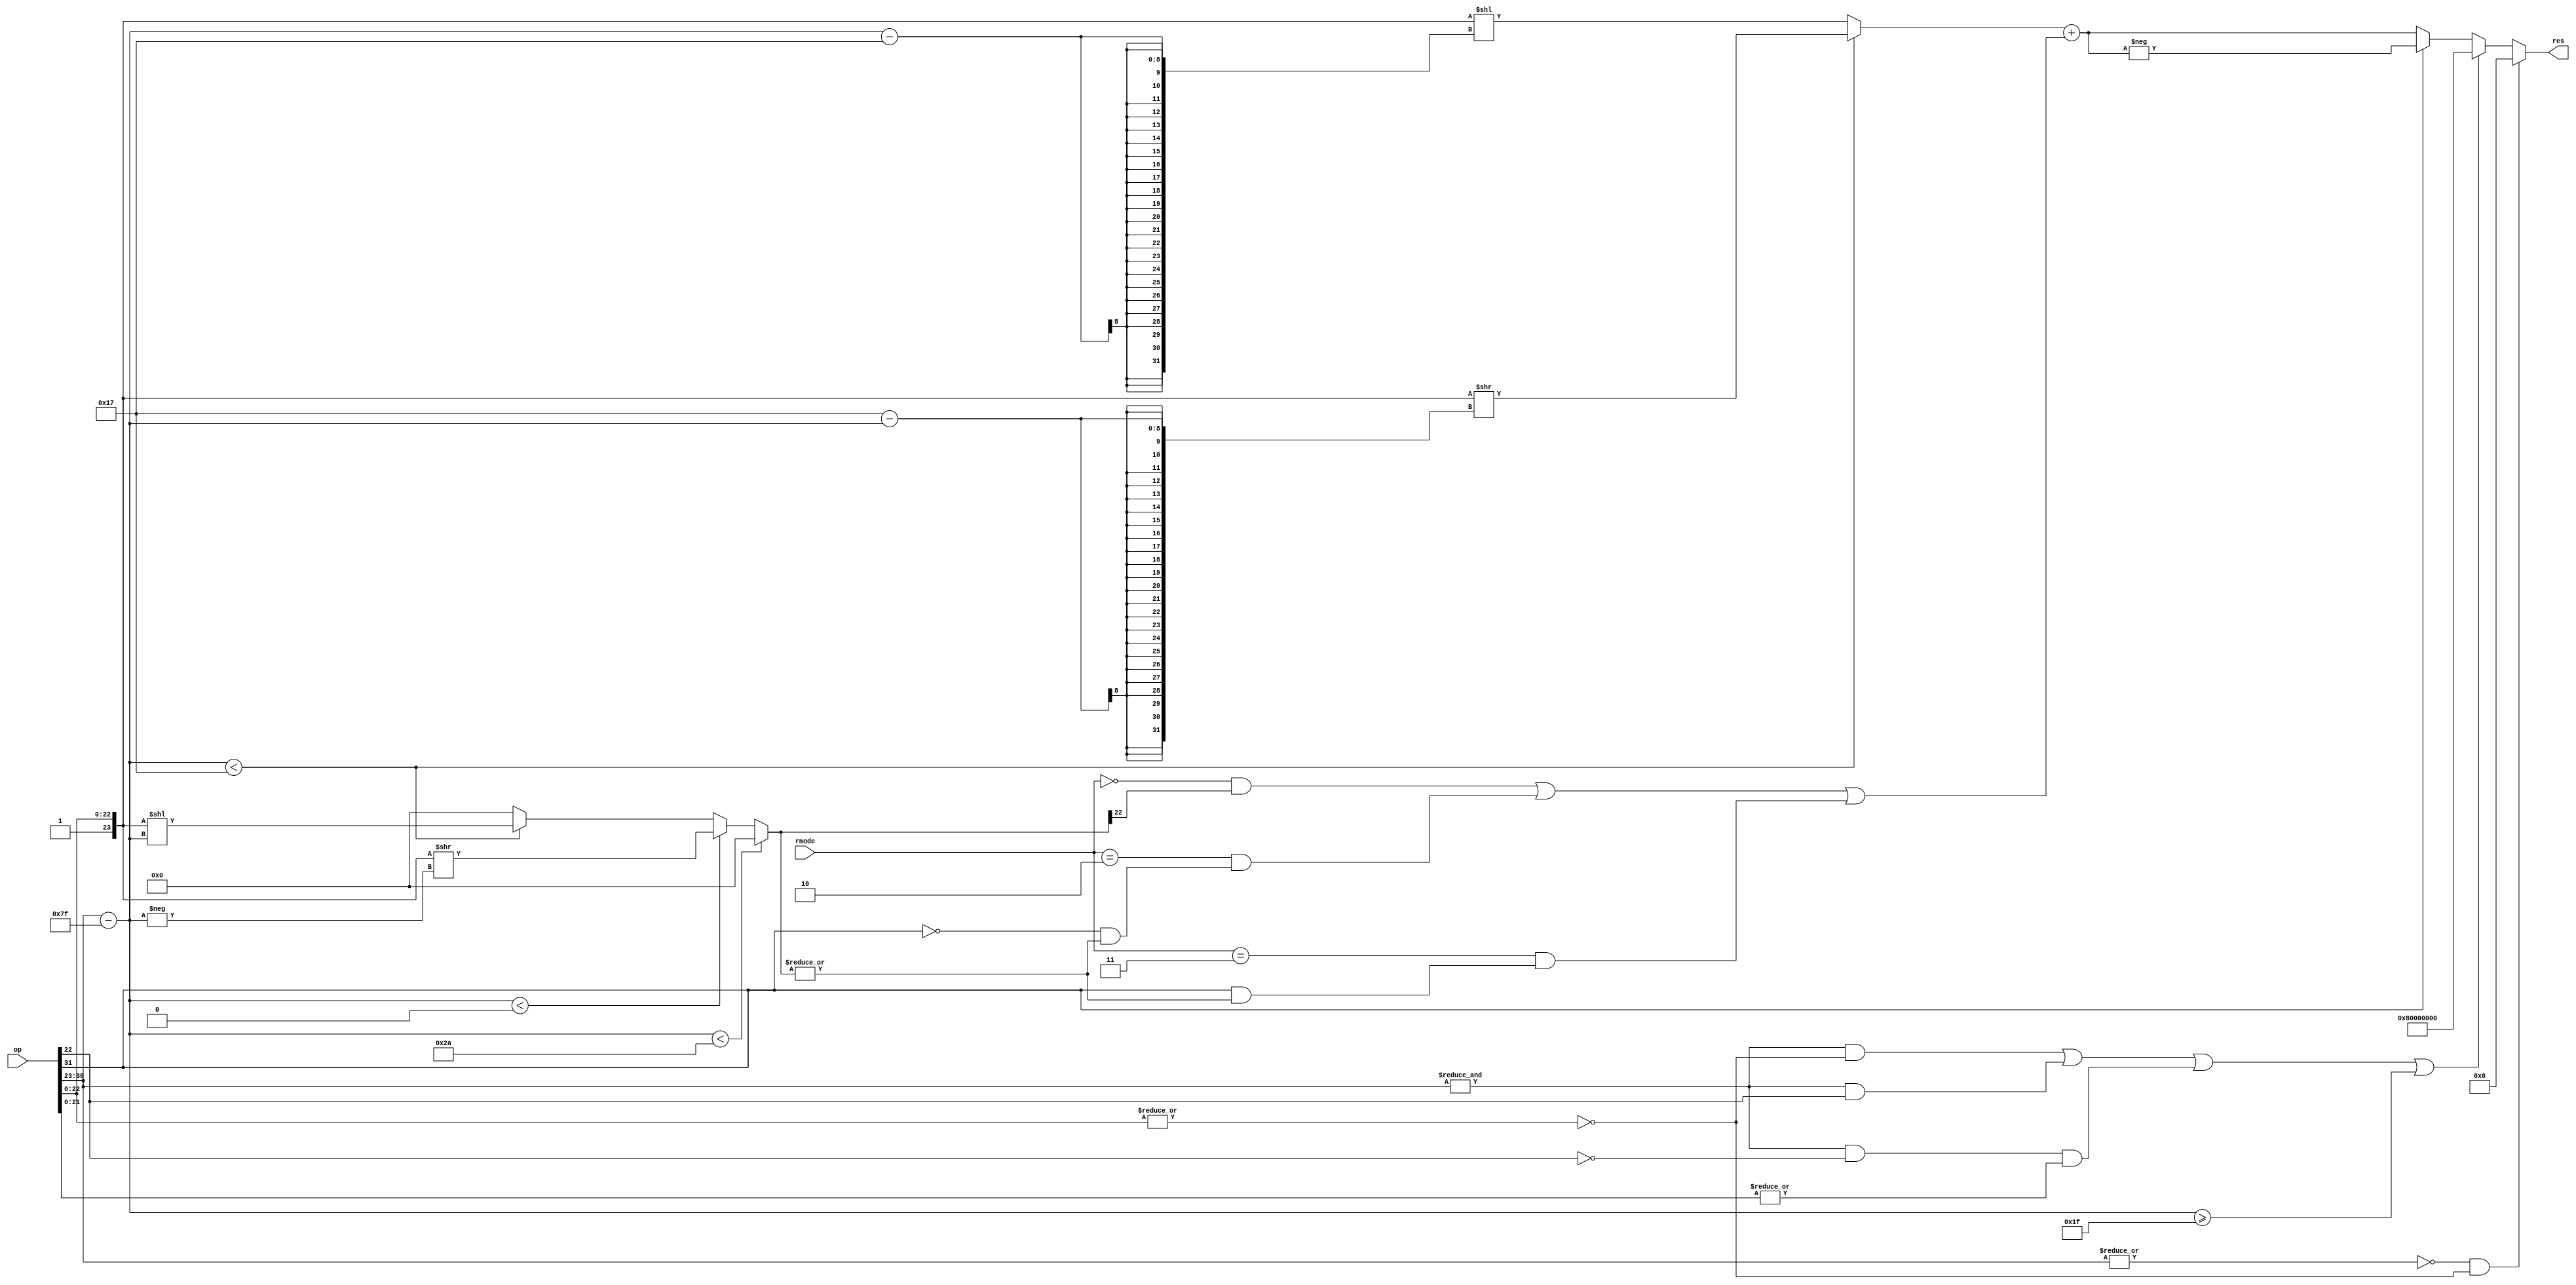
module float_to_int(
    input wire [31:0] op,
    input wire [1:0] rmode,
    output wire [31:0] res);

// Physical parts.
wire [7:0] exp_part = op[30:23];
wire [22:0] fract_part = op[22:0];
wire sign = op[31];

// Logical parts.
wire [31:0] significand = { 8'h0, 1'b1, fract_part };
wire signed [7:0] exponent = exp_part - 8'd127;

// Detect special cases.
wire exp_part_all_on = &exp_part;
wire exp_part_all_off = !(|exp_part);
wire fract_part_all_off = !(|fract_part);

wire is_inf = exp_part_all_on & fract_part_all_off;
wire is_qnan = exp_part_all_on & fract_part[22];
wire is_snan = exp_part_all_on & !fract_part[22] & |fract_part[21:0];
wire is_zero = exp_part_all_off & fract_part_all_off;

wire [22:0] fractional_part /* verilog public */ =
            (exponent < -22) ? 23'd0 :
            (exponent < 0) ? (significand >> -exponent) :
            (exponent < 23) ? (significand << exponent) :
            23'd0;

wire lsbs_are_nonzero /* verilog public */ = |fractional_part;
wire lsbsmsb_is_nonzero /* verilog public */ = fractional_part[22];

// 0 = round_nearest_even
// 1 = round_to_zero
// 2 = round_up
// 3 = round_down
// RTZ: as exists - disregard least significant bits
// RDN: if negative and least significant bits != 0, shifted += 1
// RUP: if positive and least significant bits != 0, shifted += 1
// RNE: if most significant bit of the least significant bits is 1, shifted += 1

wire rounding_add /* verilog public */ =
    ((rmode == 0) && lsbsmsb_is_nonzero) ||
    ((rmode == 2) && !sign & lsbs_are_nonzero) ||
    ((rmode == 3) && sign & lsbs_are_nonzero);

// Partially processed.
wire [31:0] shifted = (exponent < 23
            ? significand >> (23 - exponent)
            : significand << (exponent - 23)) + rounding_add;

wire overflow = exponent >= 31; // Would shift into the sign bit.

assign res = is_zero ? 32'h0
        : is_inf | is_qnan | is_snan | overflow ? 32'h80000000
        : sign ? -shifted
        : shifted;

endmodule